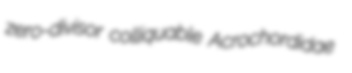
zero-divisor colliquable Acrochordidae